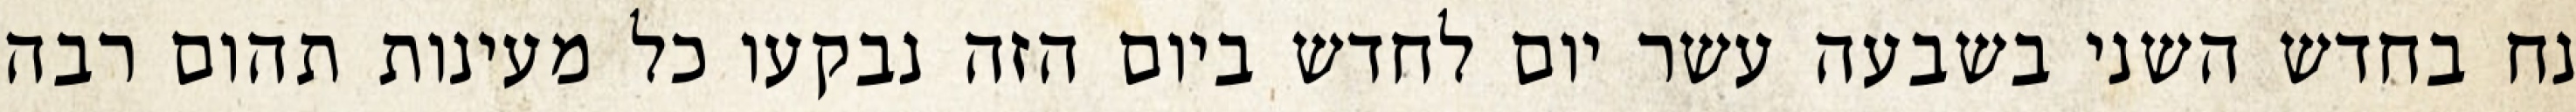
נח בחדש השני בשבעה עשר יום לחדש ביום הזה נבקעו כל מעינות תהום רבה